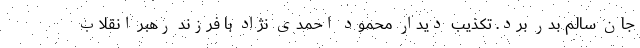
جان سالم بدر برد. تکذیب دیدار محمود احمدی نژاد با فرزند رهبر انقلاب